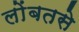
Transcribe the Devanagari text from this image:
लोंबतसे